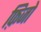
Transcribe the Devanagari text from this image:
फ़िजो